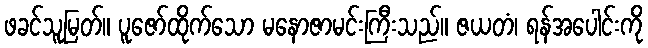
ဖခင်သူမြတ်။ ပူဇော်ထိုက်သော မနောဇာမင်းကြီးသည်။ ဇယတံ၊ ရန်အပေါင်းကို